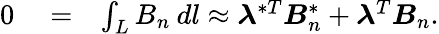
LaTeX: \begin{array}{rlr}{0}&{{}=}&{\int_{L}B_{n}\: dl\approx\boldsymbol{\lambda}^{*T}\boldsymbol{B}_{n}^{*}+\boldsymbol{\lambda}^{T}\boldsymbol{B}_{n}.}\end{array}